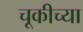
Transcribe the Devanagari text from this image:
चूकीच्या